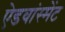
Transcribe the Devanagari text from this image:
ऐडवांस्मेंट